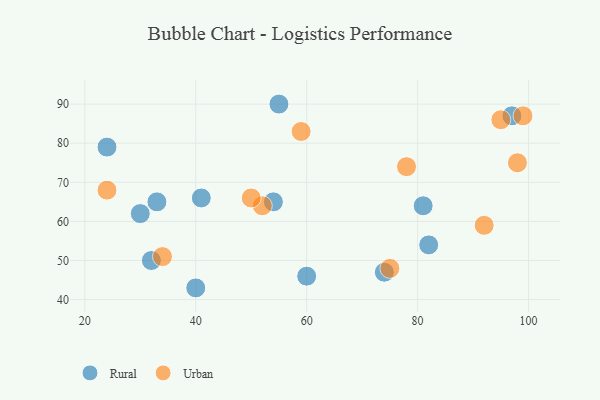
{"axis": {"x": "GDP", "y": "Life Expectancy"}, "legend": ["Rural", "Urban"], "data": [{"x": "60", "y": 46, "type": "Rural"}, {"x": "33", "y": 65, "type": "Rural"}, {"x": "40", "y": 43, "type": "Rural"}, {"x": "55", "y": 90, "type": "Rural"}, {"x": "97", "y": 87, "type": "Rural"}, {"x": "41", "y": 66, "type": "Rural"}, {"x": "74", "y": 47, "type": "Rural"}, {"x": "82", "y": 54, "type": "Rural"}, {"x": "54", "y": 65, "type": "Rural"}, {"x": "81", "y": 64, "type": "Rural"}, {"x": "30", "y": 62, "type": "Rural"}, {"x": "32", "y": 50, "type": "Rural"}, {"x": "24", "y": 79, "type": "Rural"}, {"x": "75", "y": 48, "type": "Urban"}, {"x": "59", "y": 83, "type": "Urban"}, {"x": "34", "y": 51, "type": "Urban"}, {"x": "98", "y": 75, "type": "Urban"}, {"x": "52", "y": 64, "type": "Urban"}, {"x": "92", "y": 59, "type": "Urban"}, {"x": "50", "y": 66, "type": "Urban"}, {"x": "24", "y": 68, "type": "Urban"}, {"x": "78", "y": 74, "type": "Urban"}, {"x": "99", "y": 87, "type": "Urban"}, {"x": "95", "y": 86, "type": "Urban"}]}